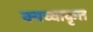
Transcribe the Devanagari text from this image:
क्यच्वाकृत